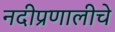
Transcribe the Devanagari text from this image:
नदीप्रणालीचे